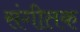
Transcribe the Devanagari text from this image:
संगीतक